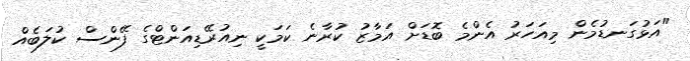
"އަޅުގަނޑުމެން މިއަހަރު އެންމެ ބޮޑަށް އަމާޒު ކުރާނެ ކަމަކީ ނިއުރޭޑިއަންޓްގެ ފޭންސް ކުލަބެއް